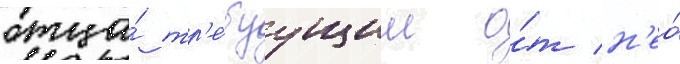
отца́ тр'е́буущим о́т н'ео́